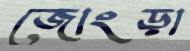
জোংড়া